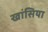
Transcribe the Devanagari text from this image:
खांसिया